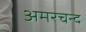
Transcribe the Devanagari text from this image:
अमरचन्द